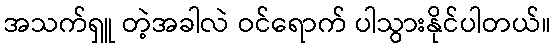
အသက်ရှူ တဲ့အခါလဲ ဝင်ရောက် ပါသွားနိုင်ပါတယ်။